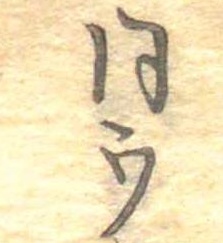
同ウ